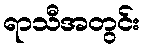
ရာသီအတွင်း